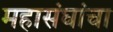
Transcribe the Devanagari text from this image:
महासंघांचा